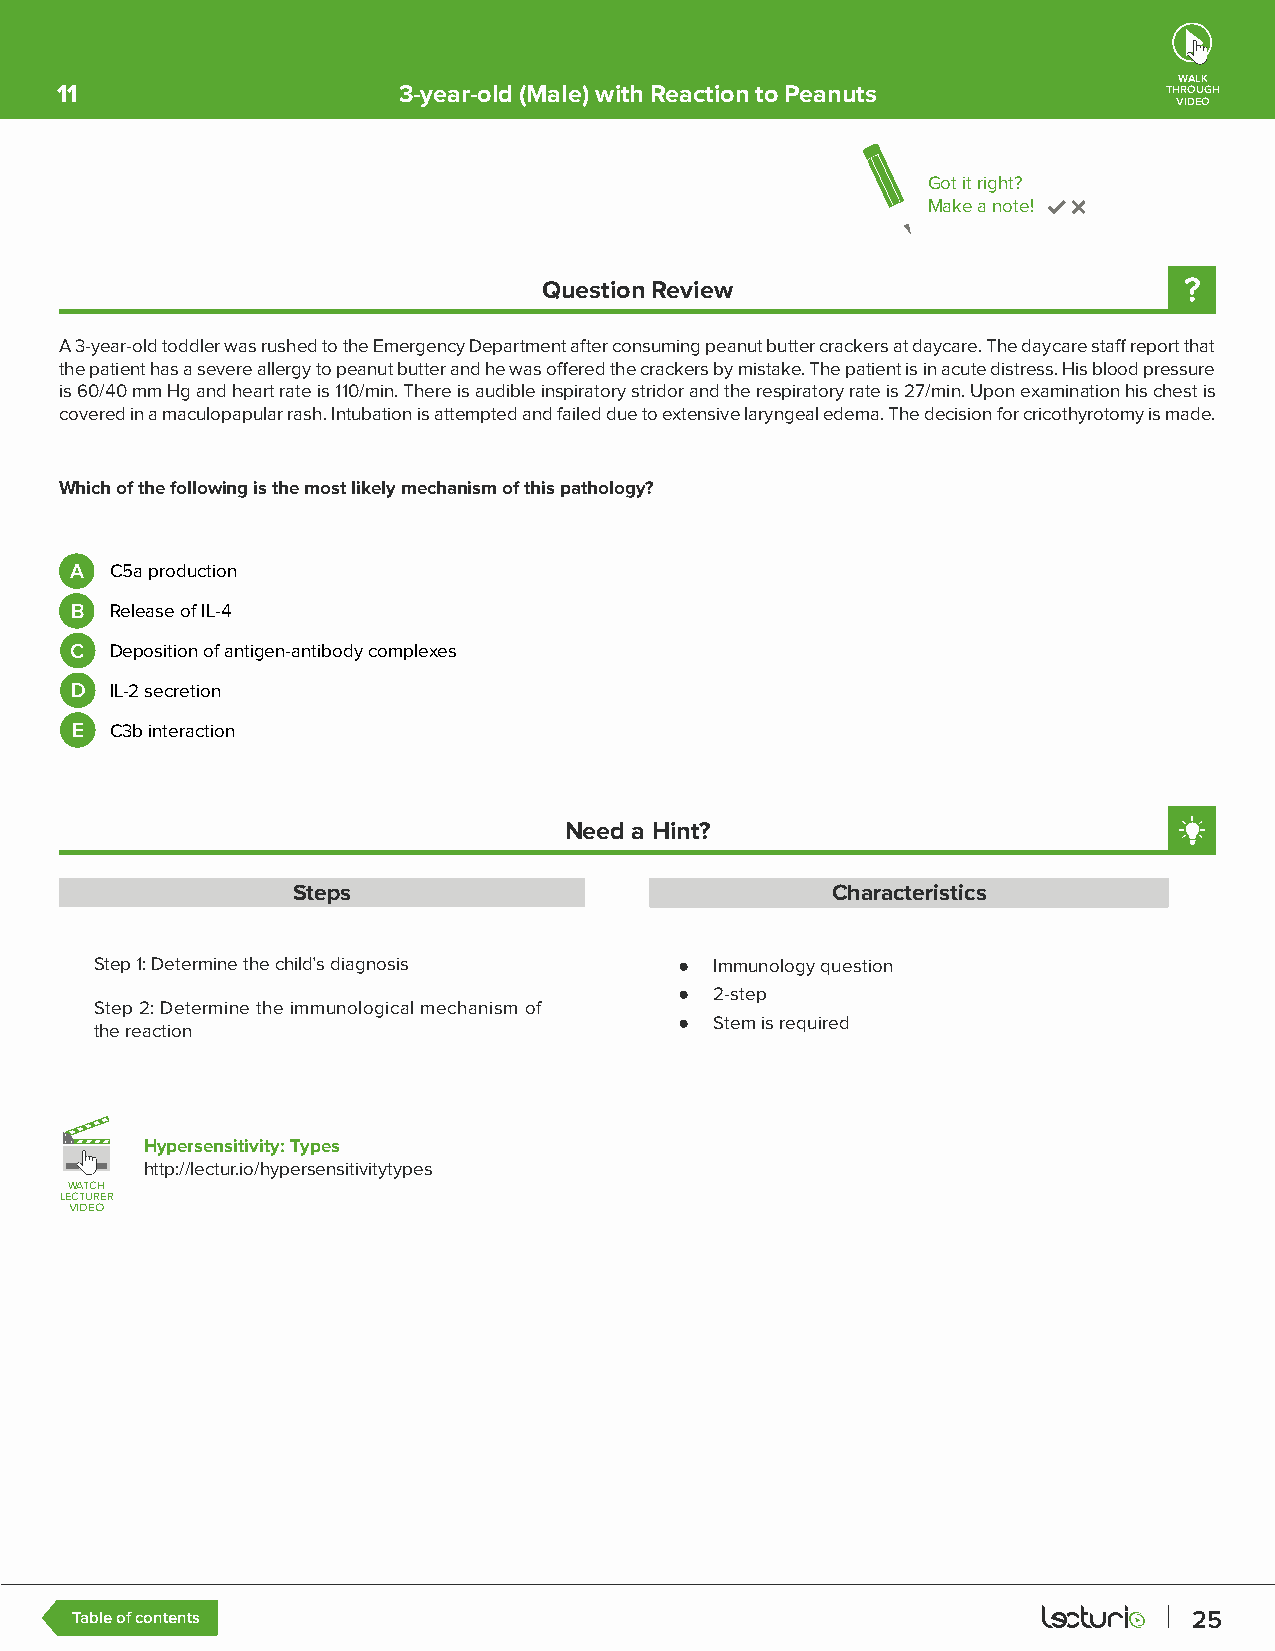
WALK
 11                    3-year-old (Male) with Reaction to Peanuts         THROUGH
 VIDEO
 Got it right?
 Make a note!
 Question Review
 A 3-year-old toddler was rushed to the Emergency Department after consuming peanut butter crackers at daycare. The daycare staff report that
 the patient has a severe allergy to peanut butter and he was offered the crackers by mistake. The patient is in acute distress. His blood pressure
 is 60/40 mm Hg and heart rate is 110/min. There is audible inspiratory stridor and the respiratory rate is 27/min. Upon examination his chest is
 covered in a maculopapular rash. Intubation is attempted and failed due to extensive laryngeal edema. The decision for cricothyrotomy is made.
 Which of the following is the most likely mechanism of this pathology?
 A C5a production
 B Release of IL-4
 C Deposition of antigen-antibody complexes
 D IL-2 secretion
 E C3b interaction
 Need a Hint?
 Steps                               Characteristics
 Step 1: Determine the child’s diagnosis ● Immunology question
 ● 2-step
 Step 2: Determine the immunological mechanism of
 the reaction                           ● Stem is required
 Hypersensitivity: Types
 http://lectur.io/hypersensitivitytypes
 WWAATTCCHH
 LLEECCTTUURREERR
 VVIIDDEEOO
 Table of contents                                                         25